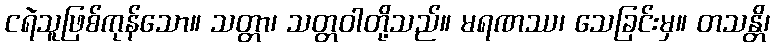
ငရဲသူဖြစ်ကုန်သော။ သတ္တာ၊ သတ္တဝါတို့သည်။ မရဏဿ၊ သေခြင်းမှ။ တသန္တိ၊